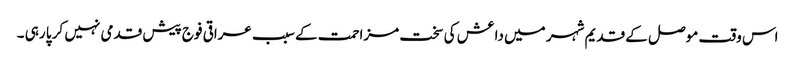
اس وقت موصل کے قدیم شہر میں داعش کی سخت مزاحمت کے سبب عراقی فوج پیش قدمی نہیں کر پا رہی ۔